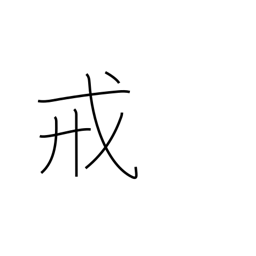
Meaning: commandment